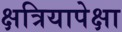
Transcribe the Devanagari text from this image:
क्षत्रियापेक्षा